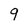
Character: 9